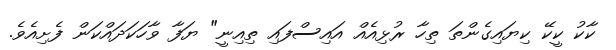
ކާކު ކީކޭ ކިޔައިގެންތަ ތިހާ ރުޅިއެއް އައިސްފައި ތިއިނީ" ޔަފާ ވާހަކަދައްކަން ފެށިއެވެ.